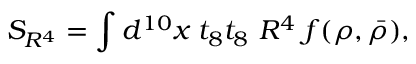
S _ { R ^ { 4 } } = \int d ^ { 1 0 } x \; t _ { 8 } t _ { 8 } \ R ^ { 4 } \; f ( \rho , \bar { \rho } ) ,